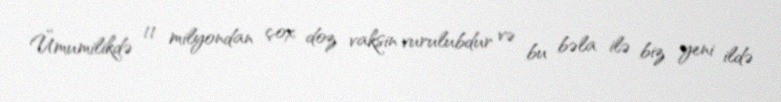
Ümumilikdə 11 milyondan çox doz vaksin vurulubdur və bu bəla ilə biz yeni ildə